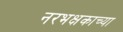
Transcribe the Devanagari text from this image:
नरभक्षकाच्या